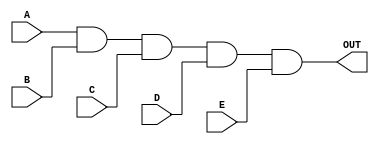
module and_5bit(input A, input B, input C , input D, input E, output OUT);

wire w_a1,w_a2,w_a3;

and AND1(w_a1,A,B);
and AND2(w_a2,w_a1,C);
and AND3(w_a3,w_a2,D);
and AND4(OUT,w_a3,E);

endmodule